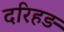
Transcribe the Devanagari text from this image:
दरिहड़